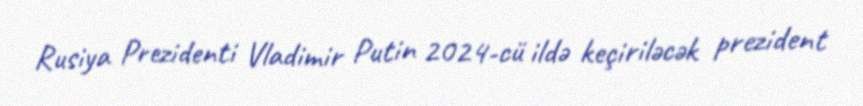
Rusiya Prezidenti Vladimir Putin 2024-cü ildə keçiriləcək prezident